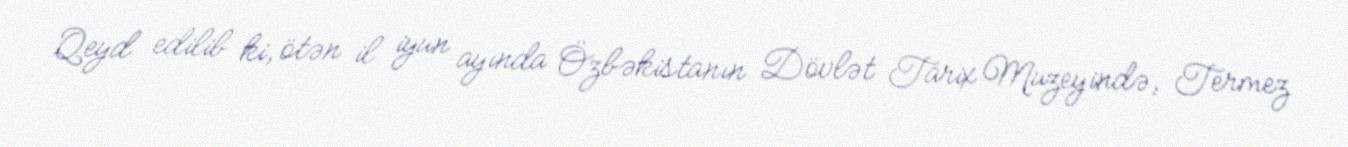
Qeyd edilib ki, ötən il iyun ayında Özbəkistanın Dövlət Tarix Muzeyində, Termez